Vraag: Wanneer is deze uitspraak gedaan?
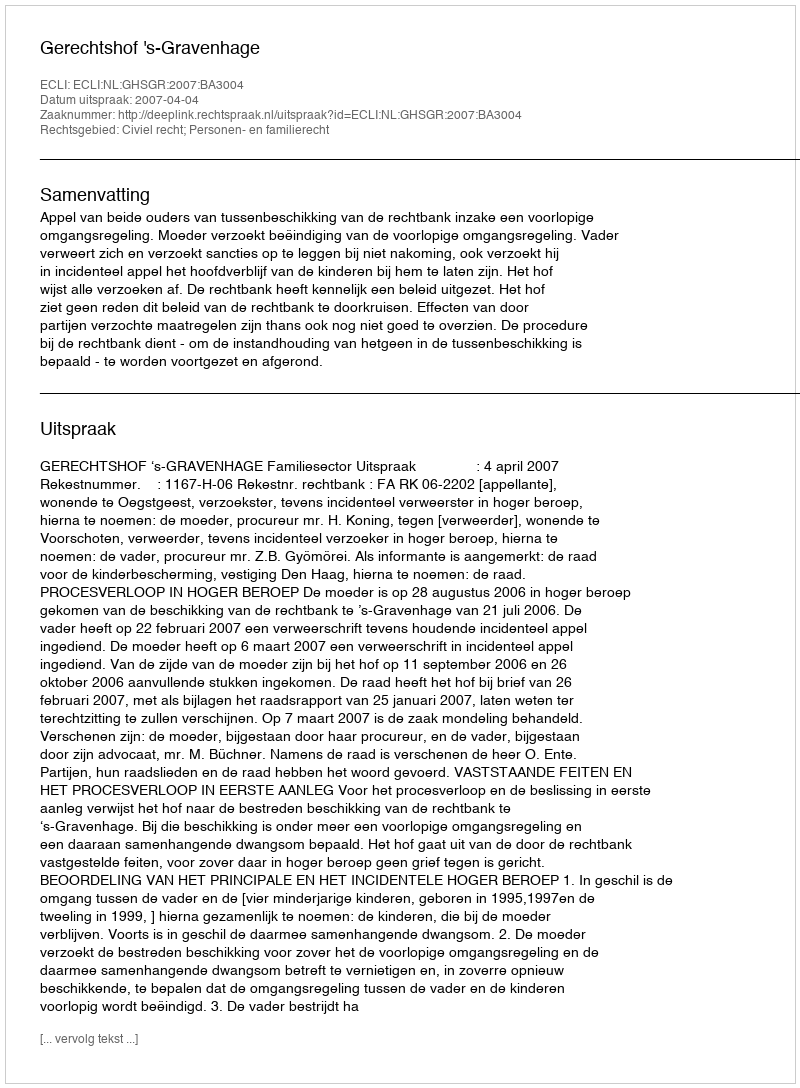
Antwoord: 2007-04-04